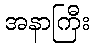
အနာကြီး